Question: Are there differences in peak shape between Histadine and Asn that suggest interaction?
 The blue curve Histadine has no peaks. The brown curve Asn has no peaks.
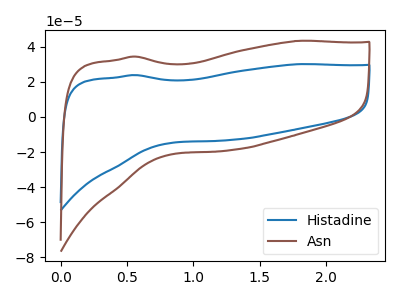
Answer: <think>Neither "Histadine" or "Asn" have any peaks.
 </think>
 <answer>No, "Histadine" and "Asn" don't appear to be significantly different in shape</answer>
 <eval>no_change</eval>